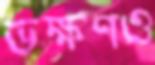
ভক্ষণও